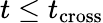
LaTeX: t\leq t_{\mathrm{cross}}